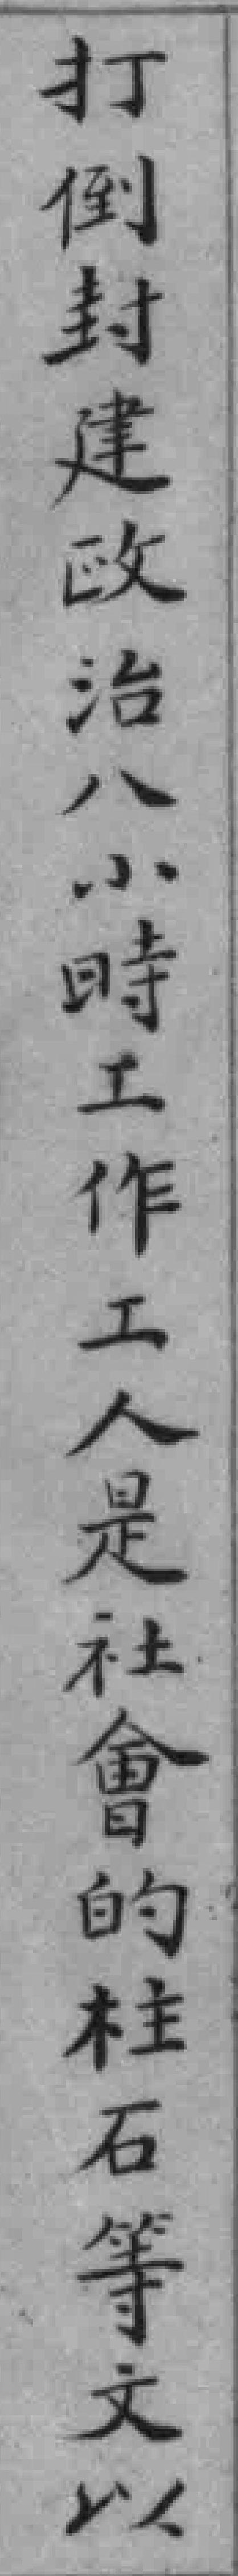
打倒封建政治八小時工作工人是社會的柱石等文以